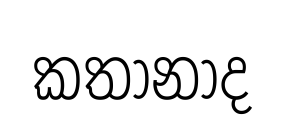
කතානාද